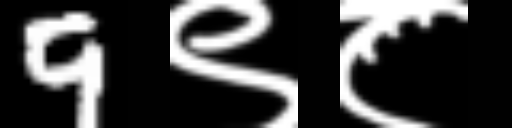
Text: 9९८